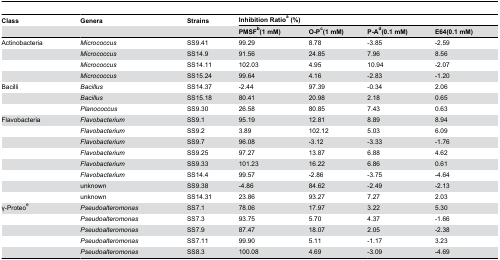
<table><thead><tr><td><b>Class</b></td><td><b>Genera</b></td><td><b>Strains</b></td><td colspan="4"><b>Inhibition Ratio<sup>a</sup> (%)</b></td></tr><tr><td></td><td></td><td></td><td><b>PMSF<sup>b</sup>(1 mM)</b></td><td><b>O-P<sup>c</sup>(1 mM)</b></td><td><b>P-A<sup>d</sup>(0.1 mM)</b></td><td><b>E64(0.1 mM)</b></td></tr></thead><tbody><tr><td>Actinobacteria</td><td><i>Micrococcus</i></td><td>SS9.41</td><td>99.29</td><td>8.78</td><td>-3.85</td><td>-2.59</td></tr><tr><td></td><td><i>Micrococcus</i></td><td>SS14.9</td><td>91.56</td><td>24.85</td><td>7.96</td><td>8.56</td></tr><tr><td></td><td><i>Micrococcus</i></td><td>SS14.11</td><td>102.03</td><td>4.95</td><td>10.94</td><td>-2.07</td></tr><tr><td></td><td><i>Micrococcus</i></td><td>SS15.24</td><td>99.64</td><td>4.16</td><td>-2.83</td><td>-1.20</td></tr><tr><td>Bacilli</td><td><i>Bacillus</i></td><td>SS14.37</td><td>-2.44</td><td>97.39</td><td>-0.34</td><td>2.06</td></tr><tr><td></td><td><i>Bacillus</i></td><td>SS15.18</td><td>80.41</td><td>20.98</td><td>2.18</td><td>0.65</td></tr><tr><td></td><td><i>Planococcus</i></td><td>SS9.30</td><td>26.58</td><td>80.85</td><td>7.43</td><td>0.63</td></tr><tr><td>Flavobacteria</td><td><i>Flavobacterium</i></td><td>SS9.1</td><td>95.19</td><td>12.81</td><td>8.89</td><td>8.94</td></tr><tr><td></td><td><i>Flavobacterium</i></td><td>SS9.2</td><td>3.89</td><td>102.12</td><td>5.03</td><td>6.09</td></tr><tr><td></td><td><i>Flavobacterium</i></td><td>SS9.7</td><td>96.08</td><td>-3.12</td><td>-3.33</td><td>-1.76</td></tr><tr><td></td><td><i>Flavobacterium</i></td><td>SS9.25</td><td>97.27</td><td>13.87</td><td>6.88</td><td>4.62</td></tr><tr><td></td><td><i>Flavobacterium</i></td><td>SS9.33</td><td>101.23</td><td>16.22</td><td>6.86</td><td>0.61</td></tr><tr><td></td><td><i>Flavobacterium</i></td><td>SS14.4</td><td>99.57</td><td>-2.86</td><td>-3.75</td><td>-4.64</td></tr><tr><td></td><td>unknown</td><td>SS9.38</td><td>-4.86</td><td>84.62</td><td>-2.49</td><td>-2.13</td></tr><tr><td></td><td>unknown</td><td>SS14.31</td><td>23.86</td><td>93.27</td><td>7.27</td><td>2.03</td></tr><tr><td>γ-Proteo<sup>e</sup></td><td><i>Pseudoalteromonas</i></td><td>SS7.1</td><td>78.06</td><td>17.97</td><td>3.22</td><td>5.30</td></tr><tr><td></td><td><i>Pseudoalteromonas</i></td><td>SS7.3</td><td>93.75</td><td>5.70</td><td>4.37</td><td>-1.66</td></tr><tr><td></td><td><i>Pseudoalteromonas</i></td><td>SS7.9</td><td>87.47</td><td>18.07</td><td>2.05</td><td>-2.38</td></tr><tr><td></td><td><i>Pseudoalteromonas</i></td><td>SS7.11</td><td>99.90</td><td>5.11</td><td>-1.17</td><td>3.23</td></tr><tr><td></td><td><i>Pseudoalteromonas</i></td><td>SS8.3</td><td>100.08</td><td>4.69</td><td>-3.09</td><td>-4.69</td></tr></tbody></table>